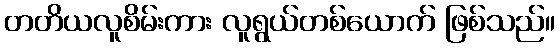
တတိယလူစိမ်းကား လူရွယ်တစ်ယောက် ဖြစ်သည်။